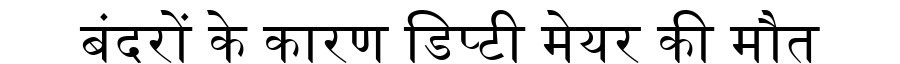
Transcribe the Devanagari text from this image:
बंदरों के कारण डिप्टी मेयर की मौत